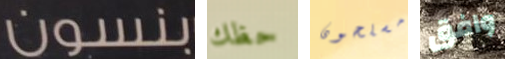
بنسون حظك مسلحون وافق